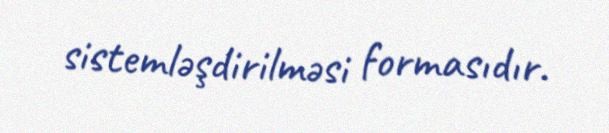
sistemləşdirilməsi formasıdır.